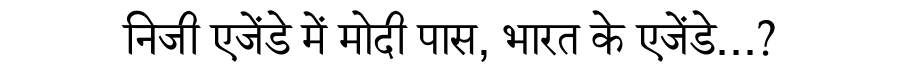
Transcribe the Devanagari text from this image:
निजी एजेंडे में मोदी पास, भारत के एजेंडे...?